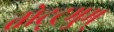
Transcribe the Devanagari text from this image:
तोट्ट्रमुम्